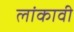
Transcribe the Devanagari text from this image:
लांकावी